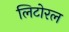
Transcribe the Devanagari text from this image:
लिटोरल